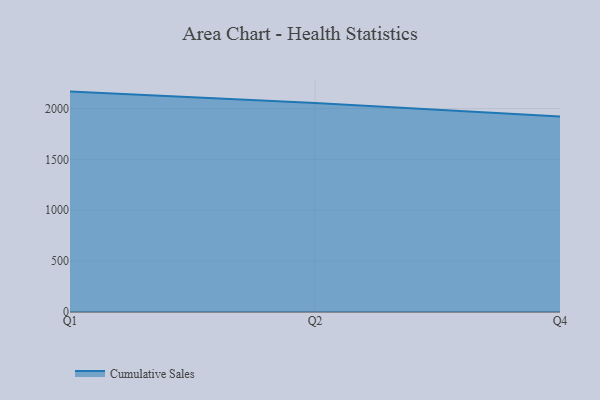
{"axis": {"x": "Quarter", "y": "Net Income (USD K)"}, "legend": ["Cumulative Sales"], "data": [{"x": "Q1", "y": 2166.4, "type": "Cumulative Sales"}, {"x": "Q2", "y": 2054.9, "type": "Cumulative Sales"}, {"x": "Q4", "y": 1922.5, "type": "Cumulative Sales"}]}